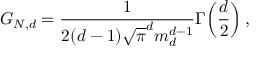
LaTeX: G _ { N , d } = \frac { 1 } { 2 ( d - 1 ) \sqrt { \pi } ^ { d } m _ { d } ^ { d - 1 } } \Gamma \! \left( \frac { d } { 2 } \right) ,